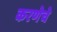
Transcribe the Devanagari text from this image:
करणेचे